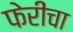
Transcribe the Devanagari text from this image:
फेरींचा